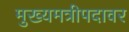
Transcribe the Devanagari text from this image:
मुख्यमत्रीपदावर